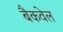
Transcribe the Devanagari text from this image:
बैकवेल